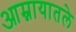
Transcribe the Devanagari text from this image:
आम्नायातले